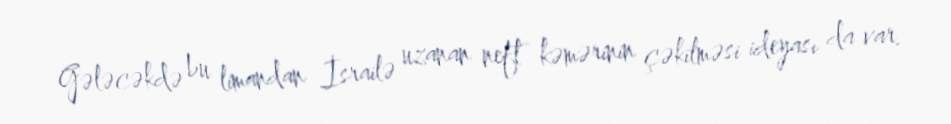
Gələcəkdə bu limandan İsrailə uzanan neft kəmərinin çəkilməsi ideyası da var.